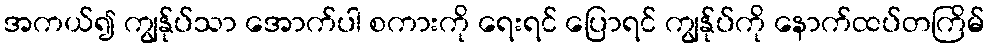
အကယ်၍ ကျွန်ုပ်သာ အောက်ပါ စကားကို ရေးရင် ပြောရင် ကျွန်ုပ်ကို နောက်ထပ်တကြိမ်